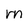
Character: m